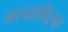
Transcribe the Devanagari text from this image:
नत्चाथिरम